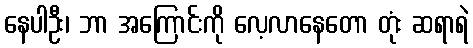
နေပါဦး၊ ဘာ အကြောင်းကို လေ့လာနေတော တုံး ဆရာရဲ